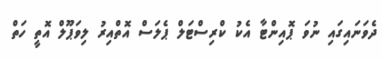
ދެވަނައިގައި ނުވަ ޕޮއިންޓާ އެކު ކްރިސްޓަލް ޕެލަސް އޮތްއިރު ލިވަޕޫލް އޮތީ ހަތް